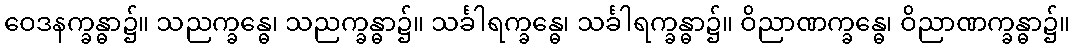
ဝေဒနက္ခန္ဓာ၌။ သညက္ခန္ဓေ၊ သညက္ခန္ဓာ၌။ သင်္ခါရက္ခန္ဓေ၊ သင်္ခါရက္ခန္ဓာ၌။ ဝိညာဏက္ခန္ဓေ၊ ဝိညာဏက္ခန္ဓာ၌။